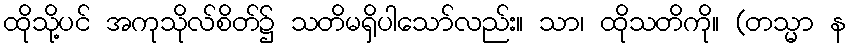
ထိုသို့ပင် အကုသိုလ်စိတ်၌ သတိမရှိပါသော်လည်း။ သာ၊ ထိုသတိကို။ (တသ္မာ န